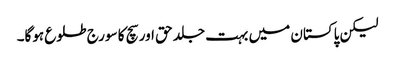
لیکن پاکستان میں بہت جلد حق اور سچ کا سورج طلوع ہوگا۔